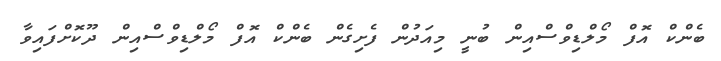
ބެންކް އޮފް މޯލްޑިވްސްއިން ބުނީ މިއަދުން ފެށިގެން ބެންކް އޮފް މޯލްޑިވްސްއިން ދޫކޮށްފައިވާ